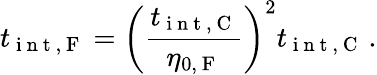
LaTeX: t_{\mathrm{~i~n~t~,~F~}}=\left(\frac{t_{\mathrm{~i~n~t~,~C~}}}{\eta_{0,\mathrm{~F~}}}\right)^{2}t_{\mathrm{~i~n~t~,~C~}}\, .